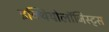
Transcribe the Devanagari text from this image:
इक्थियोलॉजिस्ट्स